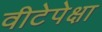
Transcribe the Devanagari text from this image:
वीटेपेक्षा